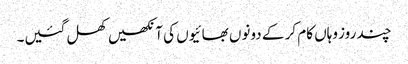
چند روز وہاں کام کر کے دونوں بھائیوں کی آنکھیں کھل گئیں۔